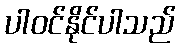
ပါဝင်နိုင်ပါသည်